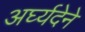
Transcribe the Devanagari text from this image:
अर्घ्यदेने